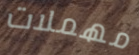
مهملات